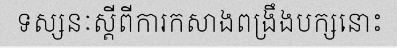
ទស្សនៈស្តីពីការកសាងពង្រឹងបក្សនោះ